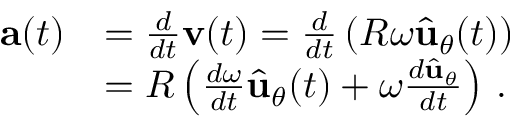
{ \begin{array} { r l } { \mathbf { a } ( t ) } & { = { \frac { d } { d t } } \mathbf { v } ( t ) = { \frac { d } { d t } } \left( R \omega { \hat { \mathbf { u } } } _ { \theta } ( t ) \right) } \\ & { = R \left( { \frac { d \omega } { d t } } { \hat { \mathbf { u } } } _ { \theta } ( t ) + \omega { \frac { d { \hat { \mathbf { u } } } _ { \theta } } { d t } } \right) \, . } \end{array} }